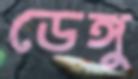
ডেঙ্গু